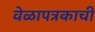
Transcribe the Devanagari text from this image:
वेळापत्रकाची